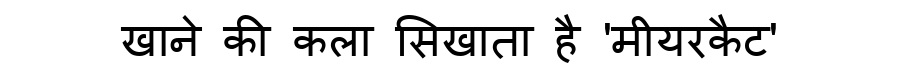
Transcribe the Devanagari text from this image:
खाने की कला सिखाता है 'मीयरकैट'